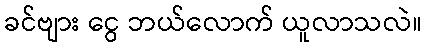
ခင်ဗျား ငွေ ဘယ်လောက် ယူလာသလဲ။